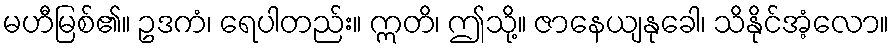
မဟီမြစ်၏။ ဥဒကံ၊ ရေပါတည်း။ ဣတိ၊ ဤသို့။ ဇာနေယျနုခေါ၊ သိနိုင်အံ့လော။